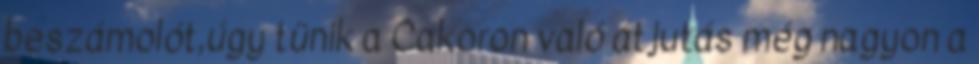
beszámolót,úgy tünik a Cakoron való átjutás még nagyon a